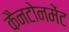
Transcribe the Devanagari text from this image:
कैनटोनमेंट